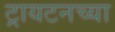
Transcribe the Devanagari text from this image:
ट्रायटनच्या